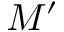
M ^ { \prime }